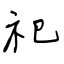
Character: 祀